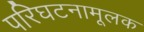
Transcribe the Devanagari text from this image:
परिघटनामूलक